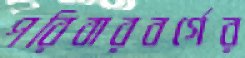
পরিবারবর্গের